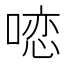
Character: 𱓽